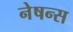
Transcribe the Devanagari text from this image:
नेषन्स